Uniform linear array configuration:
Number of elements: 4
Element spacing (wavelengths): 1
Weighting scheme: exponential
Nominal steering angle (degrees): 30
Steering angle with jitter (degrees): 31.922
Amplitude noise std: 0.05
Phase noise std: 0.05

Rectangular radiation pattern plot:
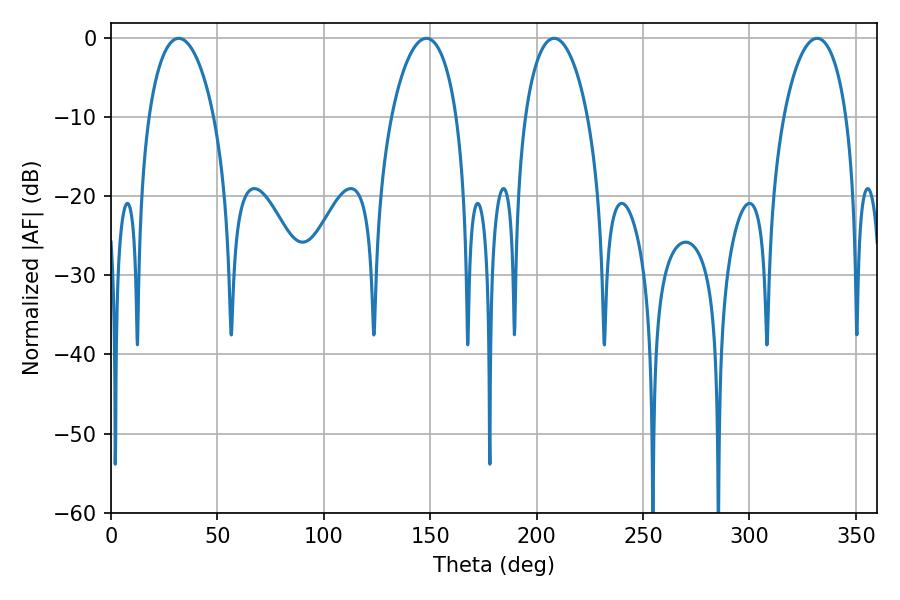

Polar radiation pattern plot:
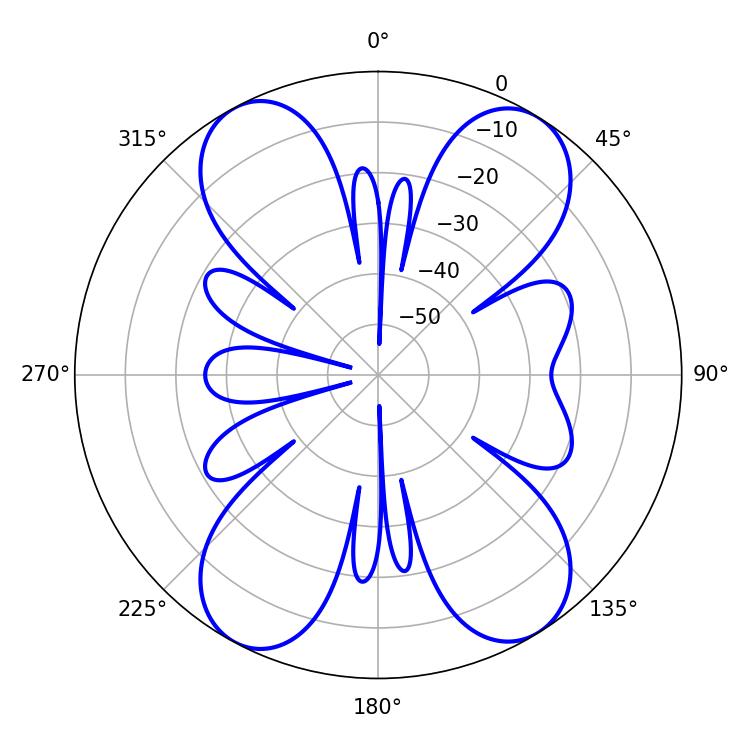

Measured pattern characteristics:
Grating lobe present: TRUE
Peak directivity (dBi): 15.996
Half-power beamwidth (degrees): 16.74
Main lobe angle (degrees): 208.26